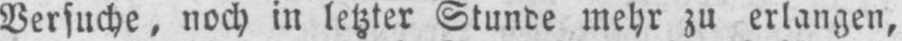
Versuche, noch in letzter Stunde mehr zu erlangen,